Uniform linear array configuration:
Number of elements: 64
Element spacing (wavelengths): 0.5
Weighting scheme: uniform
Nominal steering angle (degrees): -60
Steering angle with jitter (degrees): -58.753
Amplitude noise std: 0.05
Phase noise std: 0.05

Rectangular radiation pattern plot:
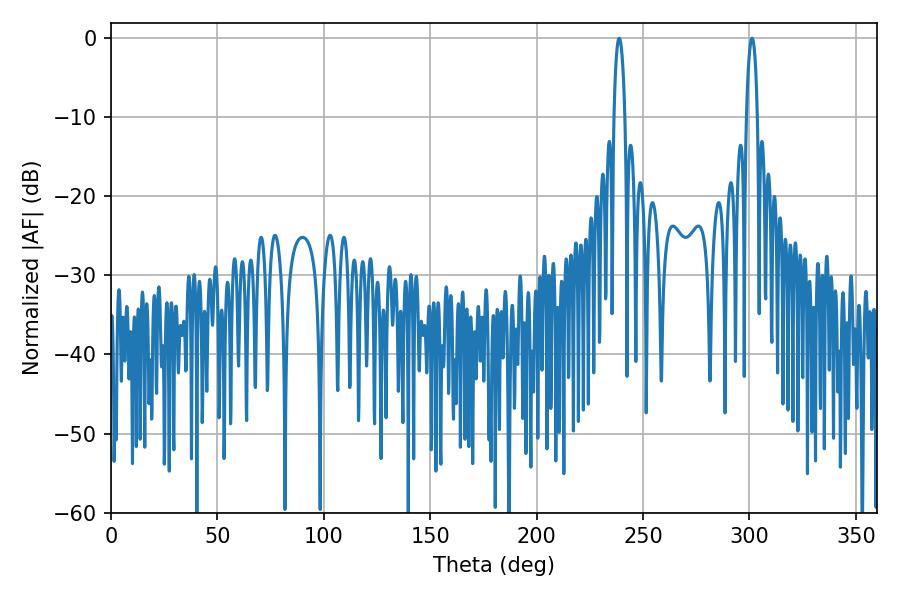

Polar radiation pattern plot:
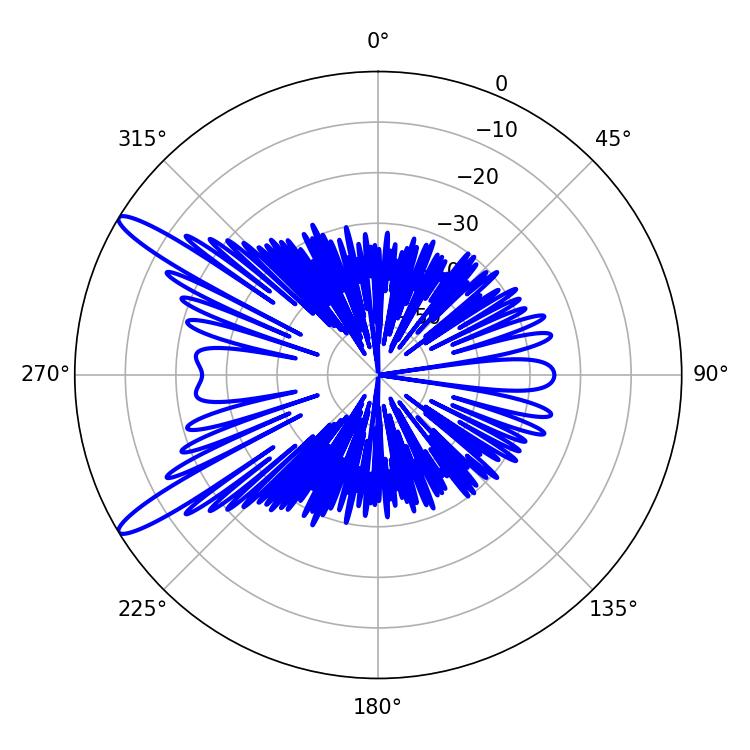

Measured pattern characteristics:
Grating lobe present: FALSE
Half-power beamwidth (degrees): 2.88
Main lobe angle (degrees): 238.86